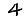
Digit: 4